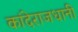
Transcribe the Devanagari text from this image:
कांदेराजधानी